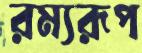
রম্যরূপ